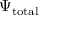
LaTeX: \Psi _ { \mathrm { t o t a l } }